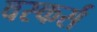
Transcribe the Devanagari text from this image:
वस्कर्स